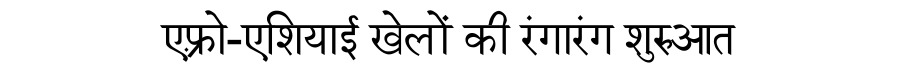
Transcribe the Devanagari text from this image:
एफ़्रो-एशियाई खेलों की रंगारंग शुरुआत